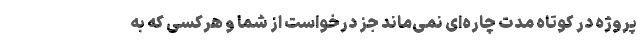
پروژه در کوتاه مدت چاره‌ای نمی‌ماند جز درخواست از شما و هرکسی که به